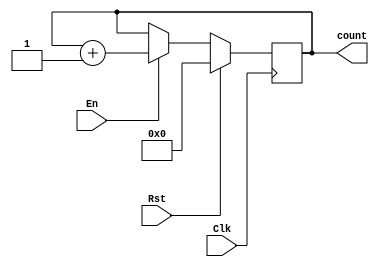
`timescale 1ns / 1ps
//////////////////////////////////////////////////////////////////////////////////
// Company: 
// Engineer: 
// 
// Design Name: 
// Module Name: SysCounter
// Project Name: 
// Target Devices: 
// Tool Versions: 
// Description: 
// 
// Dependencies: 
// 
// Revision:
// Revision 0.01 - File Created
// Additional Comments:
// 
//////////////////////////////////////////////////////////////////////////////////


module SysCounter(
    input Clk,Rst,En,
    output [31:0]count
    );
    reg [31:0]temp = 0;
    always @(posedge Clk)
    begin
    if(Rst)
    temp <= 4'd0;
    else
        if(En)
        temp <= temp + 4'd1;  
    end
    assign count = temp;
endmodule